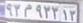
۹۳م۹۳۳۱۳